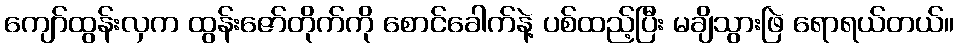
ကျော်ထွန်းလှက ထွန်းဇော်တိုက်ကို စောင်ခေါက်နဲ့ ပစ်ထည့်ပြီး မချိသွားဖြဲ ရောရယ်တယ်။